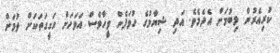
ކުރިއެރުން ލިބުމަށް އެދެމެވެ. އަދި ޝިޔާމުގެ ހުވަފެން ވީހާވެސް އަވަހަށް ހަގީގަތަކަށް ވުމަށް